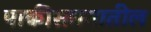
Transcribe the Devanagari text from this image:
पाकीस्तानातील